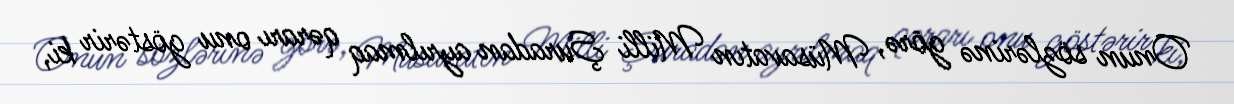
Onun sözlərinə görə, Müsavatın Milli Şuradan ayrılmaq qərarı onu göstərir ki,